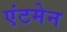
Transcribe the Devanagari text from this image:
एंटमेन